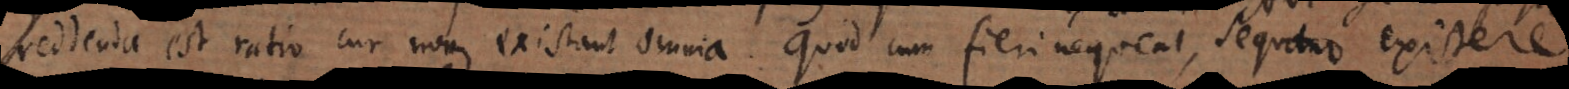
reddenda est ratio cur non existant omnia. Quod cum fieri nequeat, sequitur existere